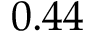
0 . 4 4